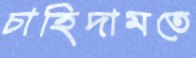
চাহিদামতে